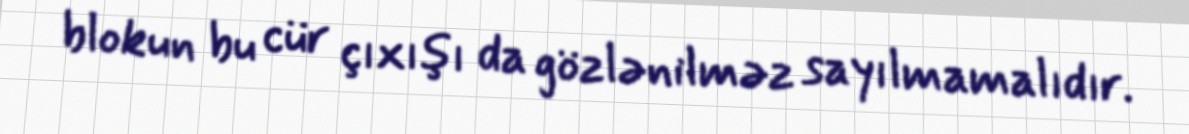
blokun bu cür çıxışı da gözlənilməz sayılmamalıdır.